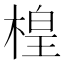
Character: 楻